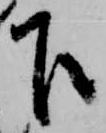
下